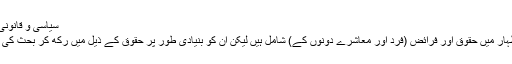
سیاسی و قانونی جدوجہد
آزادئ اظہار میں حقوق اور فرائض (فرد اور معاشرے دونوں کے) شامل ہیں لیکن ان کو بنیادی طور پر حقوق کے ذیل میں رکھ کر بحث کی گئی ہے۔